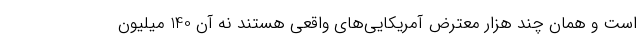
است و همان چند هزار معترض آمریکایی‌های واقعی هستند نه آن 140 میلیون